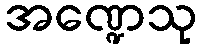
အဏ္ဍေသု